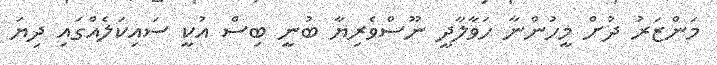
މަންޒަރު ދުށް މީހުންނާ ހަވާލާދީ ނޫސްވެރިޔާ ބުނީ ބިސް އުކީ ސައިކަލެއްގައި ދިޔަ